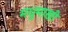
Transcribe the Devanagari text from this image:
मधुमाखी